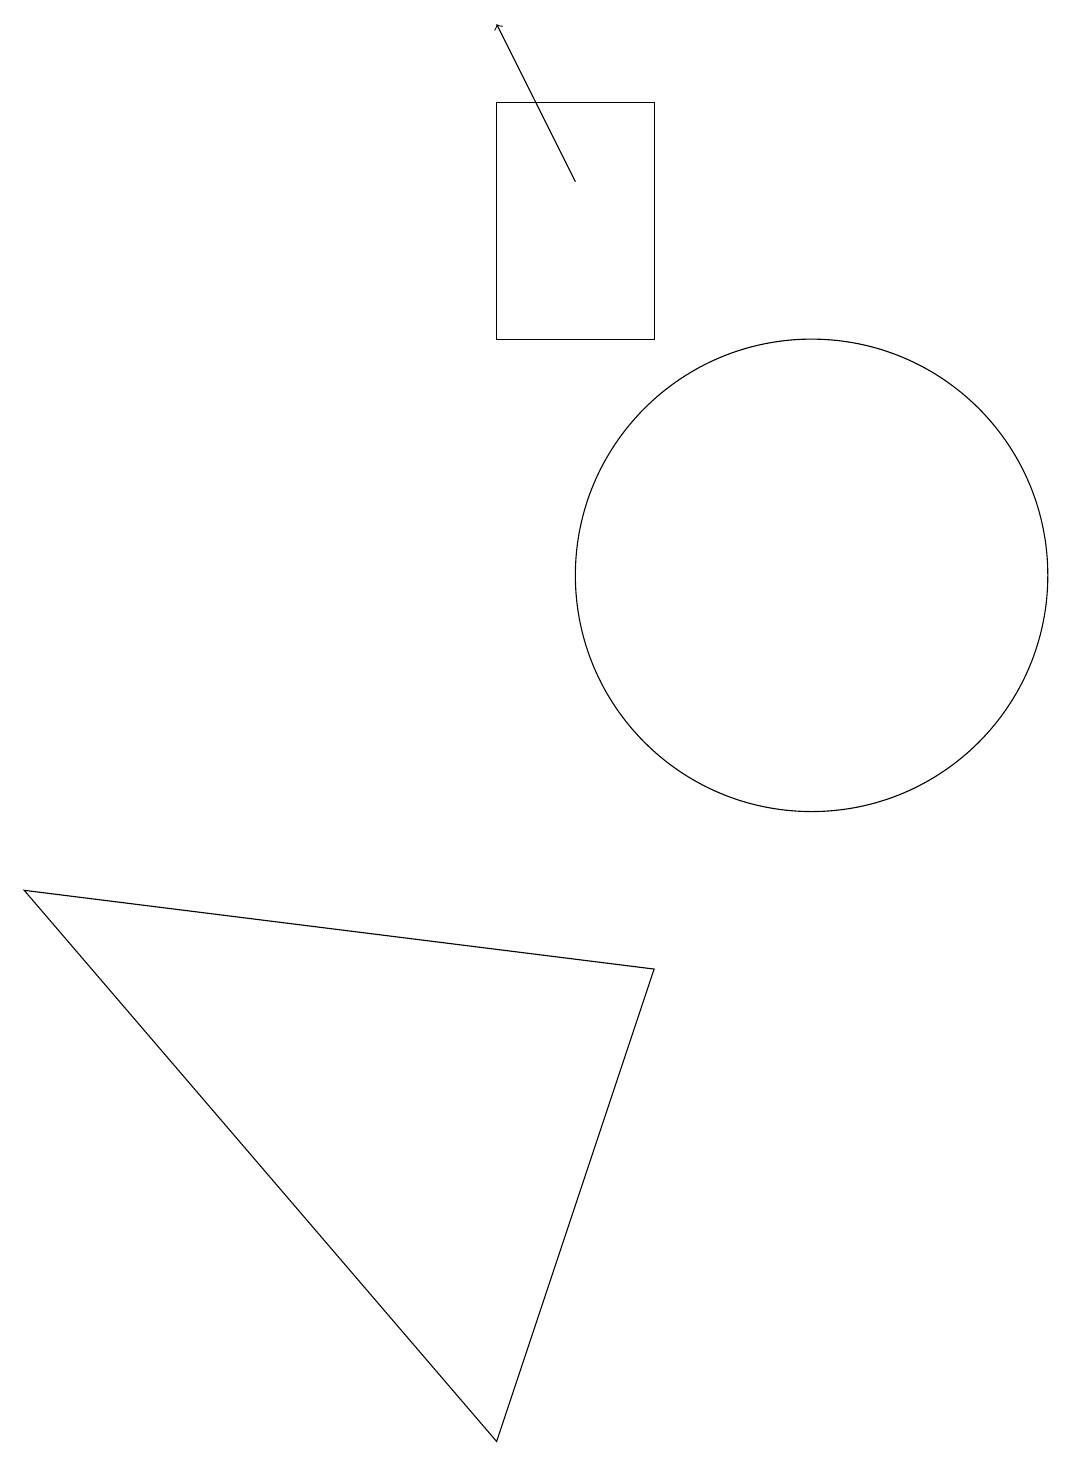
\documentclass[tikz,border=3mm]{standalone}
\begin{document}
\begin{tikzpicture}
\draw (9,6) -- (7,0) -- (1,7) -- cycle;
\draw (11,11) circle (3);
\draw (9,17) rectangle (7,14);
\draw[->] (8,16) -- (7,18);
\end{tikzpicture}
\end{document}